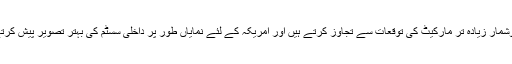
اگر اعدادوشمار زیادہ تر مارکیٹ کی توقعات سے تجاوز کرتے ہیں اور امریکہ کے لئے نمایاں طور پر داخلی سسٹم کی بہتر تصویر پیش کرتے ہیں تو۔